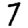
Digit: 7